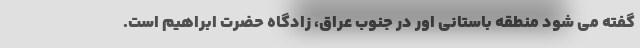
گفته می شود منطقه باستانی اور در جنوب عراق، زادگاه حضرت ابراهیم است.